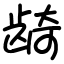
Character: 𬺈